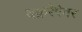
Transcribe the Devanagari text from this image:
वक्ररेषेवर